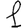
Digit: 1